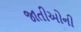
જાતીઓની